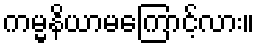
ကမ္မနိယာမကြောင့်လား။